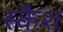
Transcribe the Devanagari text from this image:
स्कैश